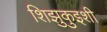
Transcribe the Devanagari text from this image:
शिझुकुइशी